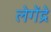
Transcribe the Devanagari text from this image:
लेगेंद्रे